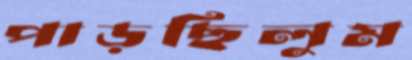
পাড়ছিলুম